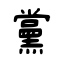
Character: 黨